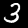
Label: 3